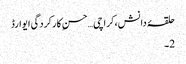
حلقۂ دانش،کراچی…حسنِ کارکردگی ایوارڈ
2۔